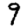
Digit: 9